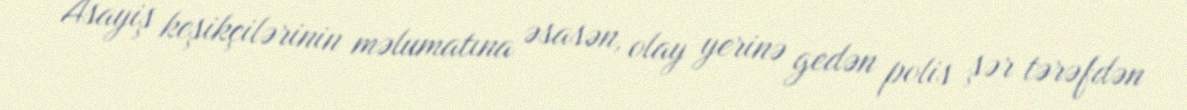
Asayiş keşikçilərinin məlumatına əsasən, olay yerinə gedən polis şər tərəfdən